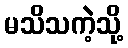
မသိသကဲ့သို့